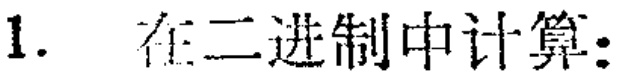
1. 在二进制中计算：